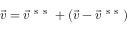
\vec { v } = \vec { v } ^ { \mathrm { ~ s ~ s ~ } } + ( \vec { v } - \vec { v } ^ { \mathrm { ~ s ~ s ~ } } )